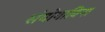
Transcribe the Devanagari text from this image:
संयोगाविना